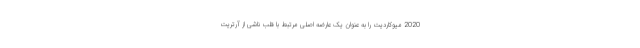
2020 میوکاردیت را به عنوان یک عارضه اصلی مرتبط با قلب ناشی از آرتریت